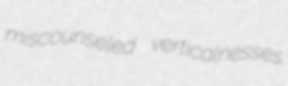
miscounseled verticalnesses